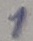
Text: 1